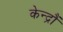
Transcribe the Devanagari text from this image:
केन्द्रौं